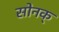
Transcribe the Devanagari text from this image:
सोनक्